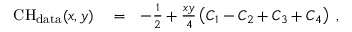
\begin{array} { r l r } { \mathrm { C H } _ { \mathrm { d a t a } } ( x , y ) } & { { } = } & { - \frac { 1 } { 2 } + \frac { x y } { 4 } \left( C _ { 1 } - C _ { 2 } + C _ { 3 } + C _ { 4 } \right) \; , } \end{array}